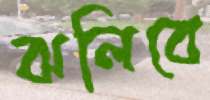
ঝলিবে